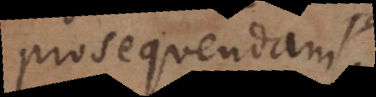
prosequendam.